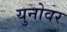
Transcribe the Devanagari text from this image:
युनोवर